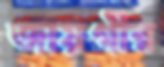
জায়গীর